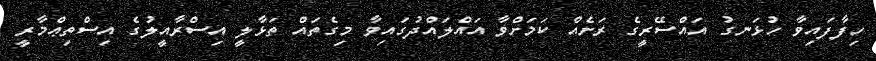
ހިފާފައިވާ ހުޅަނގު އައްސޭރީގެ ރަށެއް ކަމަށްވާ އައްލައްދުގައިވާ މިގެތައް ތަޅާލީ އިސްރާއީލުގެ އިސްތިޢްމާރީ